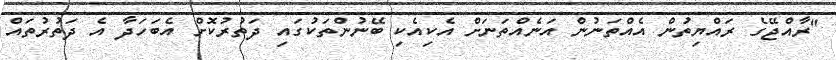
"ރާއްޖޭގެ ރައްޔިތުން އެއްތަނުން އަނެއްތަނަށް އެކިއެކި ބޭނުންތަކުގައި ދަތުރުކޮށް އެބަހަދާ އެ ދަތުރުތައް